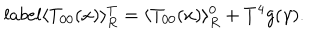
l a b e l { } \langle T _ { 0 0 } ( x ) \rangle _ { R } ^ { T } = \langle T _ { 0 0 } ( x ) \rangle _ { R } ^ { 0 } + T ^ { 4 } g ( \gamma ) .